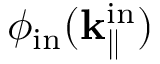
\phi _ { \mathrm { i n } } ( \bf k _ { \parallel } ^ { \mathrm { i n } } )